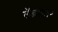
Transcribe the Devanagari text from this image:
लॅब्राडोर